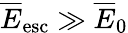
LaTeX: \overline{E}_{\mathrm{esc}}\gg\overline{E}_{0}